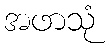
အဖာသုံ